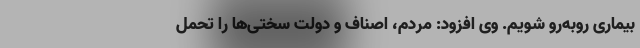
بیماری روبه‌رو شویم. وی افزود: مردم، اصناف و دولت سختی‌ها را تحمل